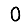
Digit: 0